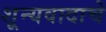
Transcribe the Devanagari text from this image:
शून्यवादाचे